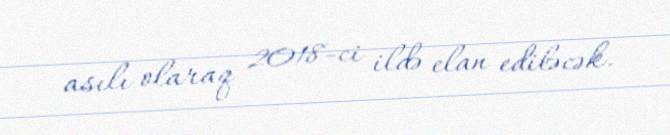
asılı olaraq 2018-ci ildə elan ediləcək.